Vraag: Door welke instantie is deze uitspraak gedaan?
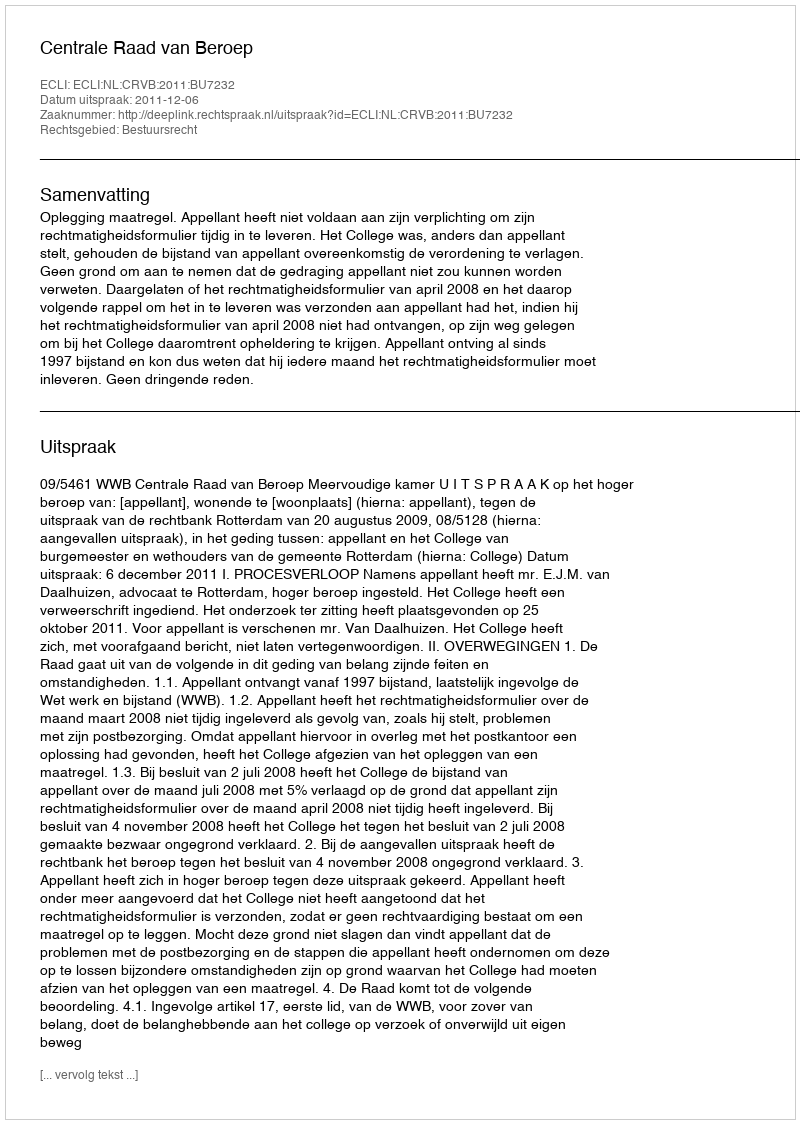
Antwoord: Centrale Raad van Beroep